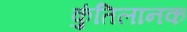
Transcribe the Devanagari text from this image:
कुंतिलानक